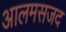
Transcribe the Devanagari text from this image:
आलमसजद